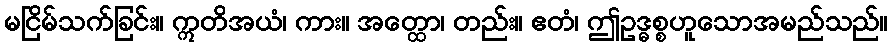
မငြိမ်သက်ခြင်း။ ဣတိအယံ၊ ကား။ အတ္ထော၊ တည်း။ ဧတံ၊ ဤဥဒ္ဓစ္စဟူသောအမည်သည်။